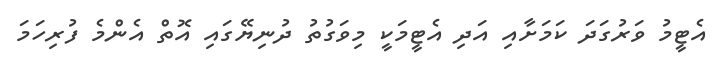
އެޓީމު ވަރުގަދަ ކަމަށާއި އަދި އެޓީމަކީ މިވަގުތު ދުނިޔޭގައި އޮތް އެންމެ ފުރިހަމަ